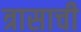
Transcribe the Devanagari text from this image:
त्रासाची